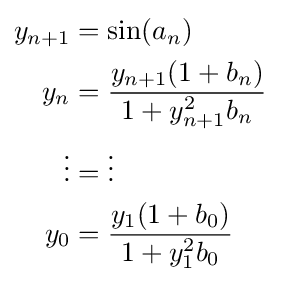
{\begin{aligned}y_{n+1}&=\sin(a_{n})\\y_{n}&={\frac {y_{n+1}(1+b_{n})}{1+y_{n+1}^{2}b_{n}}}\\\vdots &=\vdots \\y_{0}&={\frac {y_{1}(1+b_{0})}{1+y_{1}^{2}b_{0}}}\\\end{aligned}}